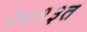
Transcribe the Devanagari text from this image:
२०१३त